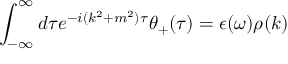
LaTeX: \int _ { - \infty } ^ { \infty } d \tau e ^ { - i ( k ^ { 2 } + m ^ { 2 } ) \tau } \theta _ { + } ( \tau ) = \epsilon ( \omega ) \rho ( k )